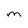
Character: M